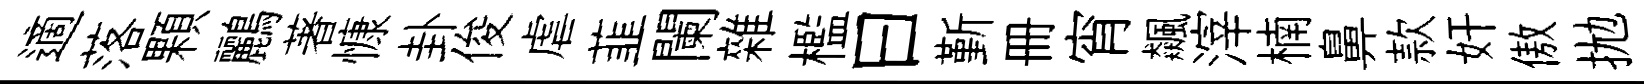
適落顆鸝著慷卦俊虐韮闌雜檻曰斳册宵飆滓楠鼻款奸傲拋